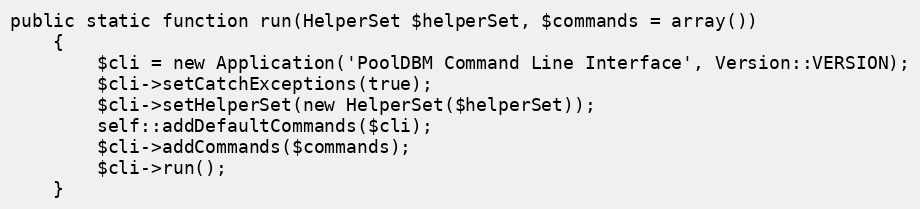
Language: PHP
public static function run(HelperSet $helperSet, $commands = array())
    {
        $cli = new Application('PoolDBM Command Line Interface', Version::VERSION);
        $cli->setCatchExceptions(true);
        $cli->setHelperSet(new HelperSet($helperSet));
        self::addDefaultCommands($cli);
        $cli->addCommands($commands);
        $cli->run();
    }